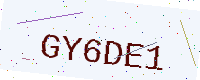
Text: GY6DE1